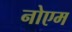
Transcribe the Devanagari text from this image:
नोएम